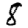
Digit: 8